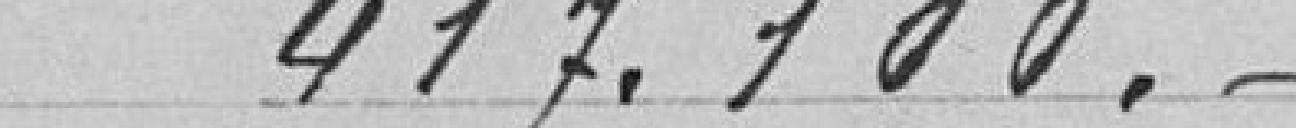
417.100.-